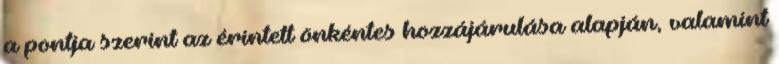
a pontja szerint az érintett önkéntes hozzájárulása alapján, valamint